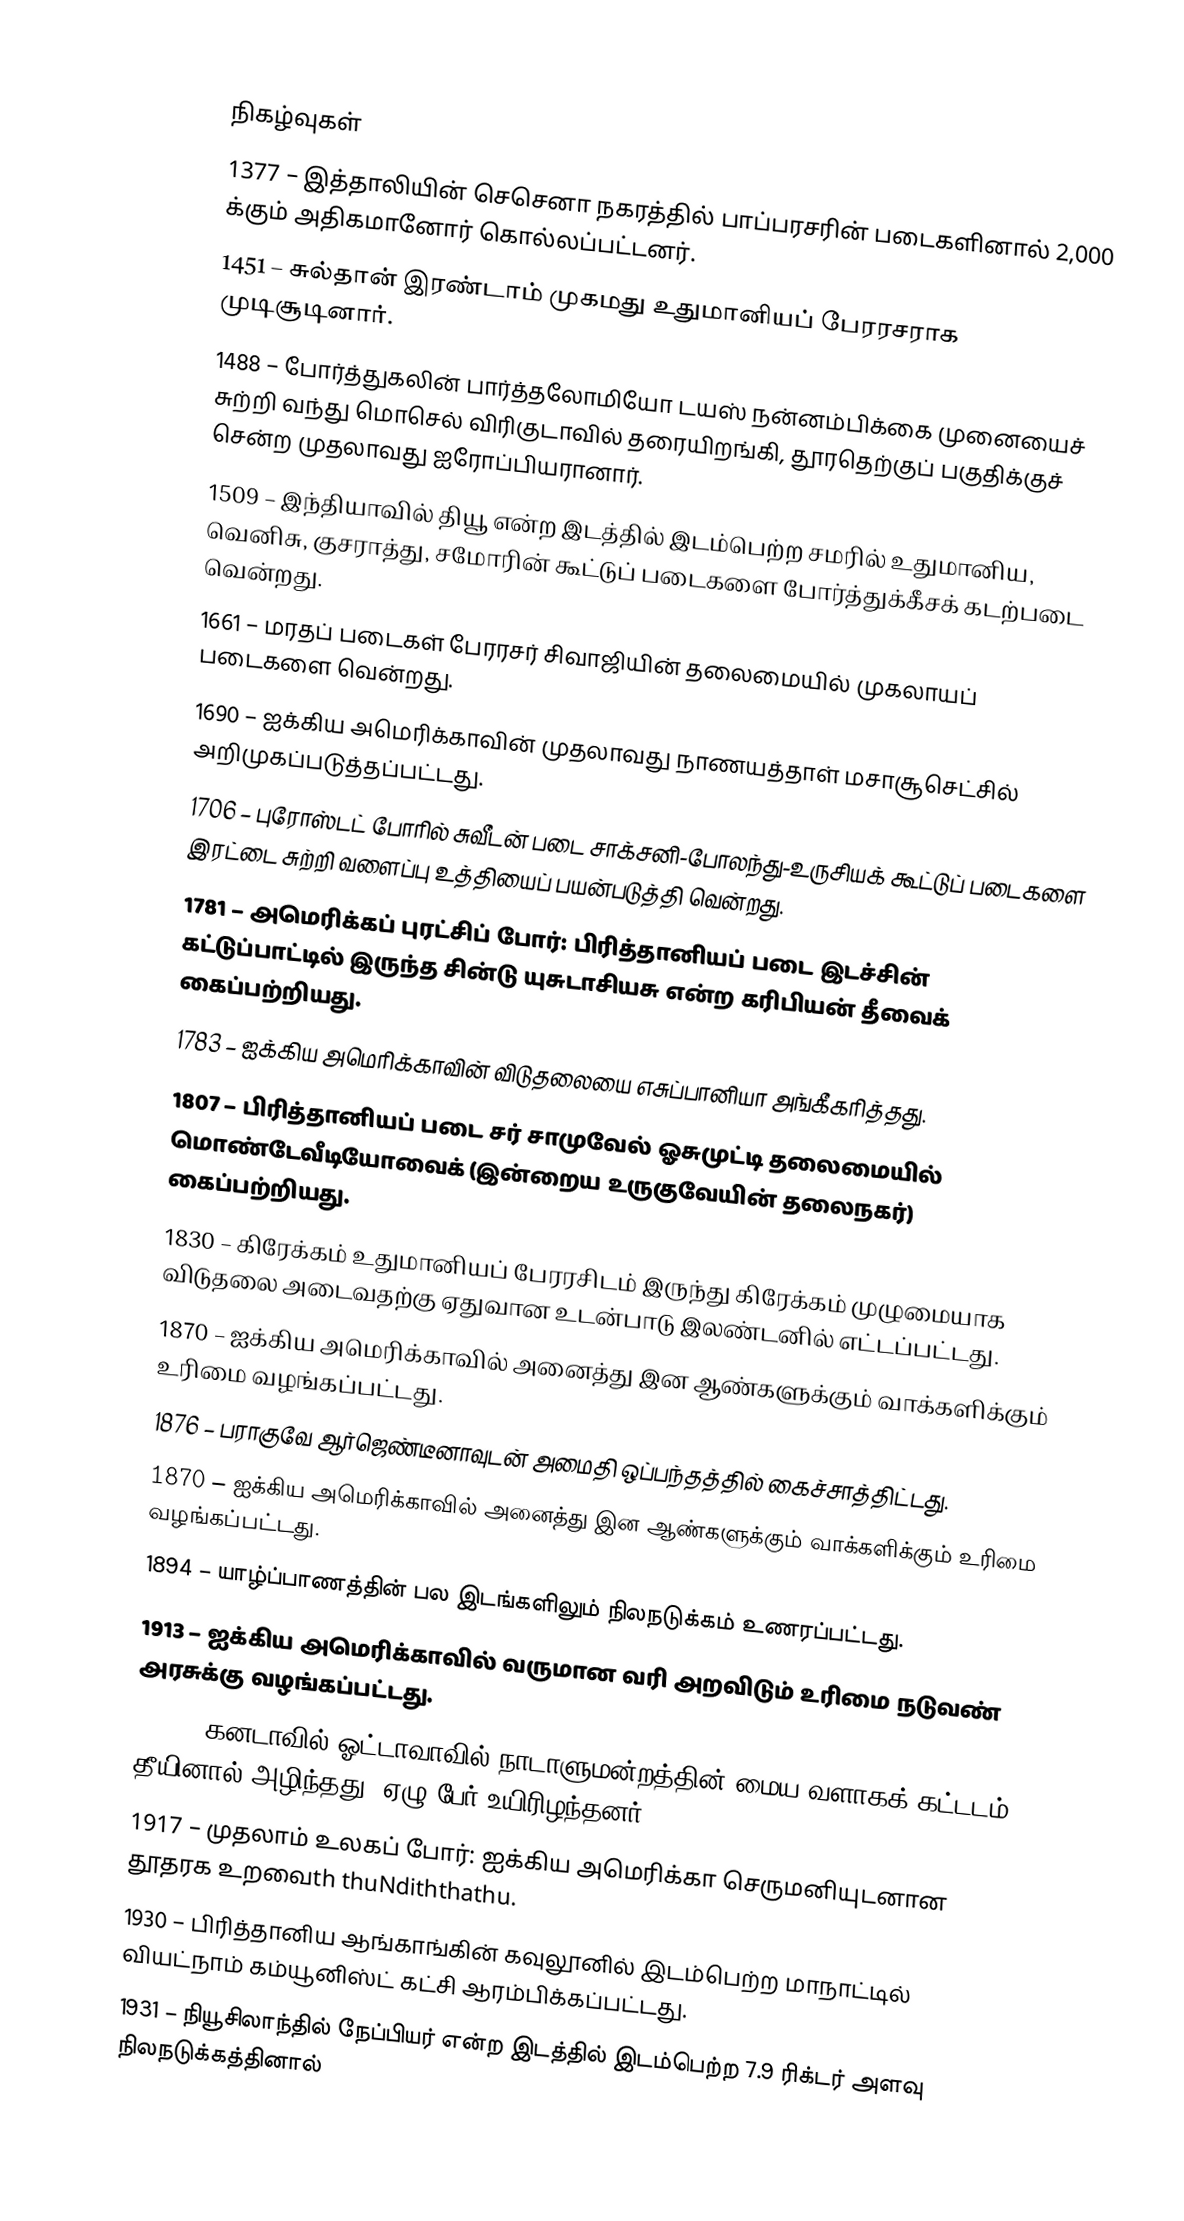

நிகழ்வுகள்
1377 – இத்தாலியின் செசெனா நகரத்தில் பாப்பரசரின் படைகளினால் 2,000 க்கும் அதிகமானோர் கொல்லப்பட்டனர்.
1451 – சுல்தான் இரண்டாம் முகமது உதுமானியப் பேரரசராக முடிசூடினார்.
1488 – போர்த்துகலின் பார்த்தலோமியோ டயஸ் நன்னம்பிக்கை முனையைச் சுற்றி வந்து மொசெல் விரிகுடாவில் தரையிறங்கி, தூரதெற்குப் பகுதிக்குச் சென்ற முதலாவது ஐரோப்பியரானார்.
1509 – இந்தியாவில் தியூ என்ற இடத்தில் இடம்பெற்ற சமரில் உதுமானிய, வெனிசு, குசராத்து, சமோரின் கூட்டுப் படைகளை போர்த்துக்கீசக் கடற்படை வென்றது.
1661 – மரதப் படைகள் பேரரசர் சிவாஜியின் தலைமையில் முகலாயப் படைகளை வென்றது.
1690 – ஐக்கிய அமெரிக்காவின் முதலாவது நாணயத்தாள் மசாசூசெட்சில் அறிமுகப்படுத்தப்பட்டது.
1706 – புரோஸ்டட் போரில் சுவீடன் படை சாக்சனி-போலந்து-உருசியக் கூட்டுப் படைகளை இரட்டை சுற்றி வளைப்பு உத்தியைப் பயன்படுத்தி வென்றது.
1781 – அமெரிக்கப் புரட்சிப் போர்: பிரித்தானியப் படை இடச்சின் கட்டுப்பாட்டில் இருந்த சின்டு யுசுடாசியசு என்ற கரிபியன் தீவைக் கைப்பற்றியது.
1783 – ஐக்கிய அமெரிக்காவின் விடுதலையை எசுப்பானியா அங்கீகரித்தது.
1807 – பிரித்தானியப் படை சர் சாமுவேல் ஓசுமுட்டி தலைமையில் மொண்டேவீடியோவைக் (இன்றைய உருகுவேயின் தலைநகர்) கைப்பற்றியது.
1830 – கிரேக்கம் உதுமானியப் பேரரசிடம் இருந்து கிரேக்கம் முழுமையாக விடுதலை அடைவதற்கு ஏதுவான உடன்பாடு இலண்டனில் எட்டப்பட்டது.
1870 – ஐக்கிய அமெரிக்காவில் அனைத்து இன ஆண்களுக்கும் வாக்களிக்கும் உரிமை வழங்கப்பட்டது.
1876 – பராகுவே ஆர்ஜெண்டீனாவுடன் அமைதி ஒப்பந்தத்தில் கைச்சாத்திட்டது.
1870 – ஐக்கிய அமெரிக்காவில் அனைத்து இன ஆண்களுக்கும் வாக்களிக்கும் உரிமை வழங்கப்பட்டது.
1894 – யாழ்ப்பாணத்தின் பல இடங்களிலும் நிலநடுக்கம் உணரப்பட்டது.
1913 – ஐக்கிய அமெரிக்காவில் வருமான வரி அறவிடும் உரிமை நடுவண் அரசுக்கு வழங்கப்பட்டது.
1916 – கனடாவில் ஓட்டாவாவில் நாடாளுமன்றத்தின் மைய வளாகக் கட்டடம் தீயினால் அழிந்தது. ஏழு பேர் உயிரிழந்தனர்.
1917 – முதலாம் உலகப் போர்: ஐக்கிய அமெரிக்கா செருமனியுடனான தூதரக உறவைth thuNdiththathu.
1930 – பிரித்தானிய ஆங்காங்கின் கவுலூனில் இடம்பெற்ற மாநாட்டில் வியட்நாம் கம்யூனிஸ்ட் கட்சி ஆரம்பிக்கப்பட்டது.
1931 – நியூசிலாந்தில் நேப்பியர் என்ற இடத்தில் இடம்பெற்ற 7.9 ரிக்டர் அளவு நிலநடுக்கத்தினால்